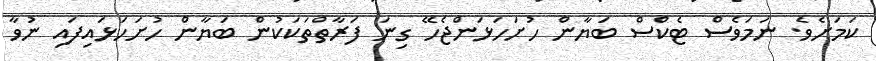
ކަމަށެވެ. ނަމަވެސް ޓެކްސް ބަޔާން ހުށަހަޅަންޖެހޭ ގިނަ ފަރާތްތަކަކުން ބަޔާން ހުށަހަޅައިފައި ނުވާ